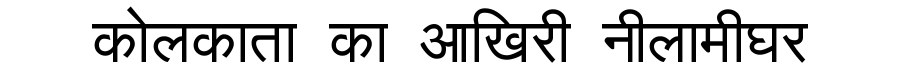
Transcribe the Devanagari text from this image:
कोलकाता का आखिरी नीलामीघर